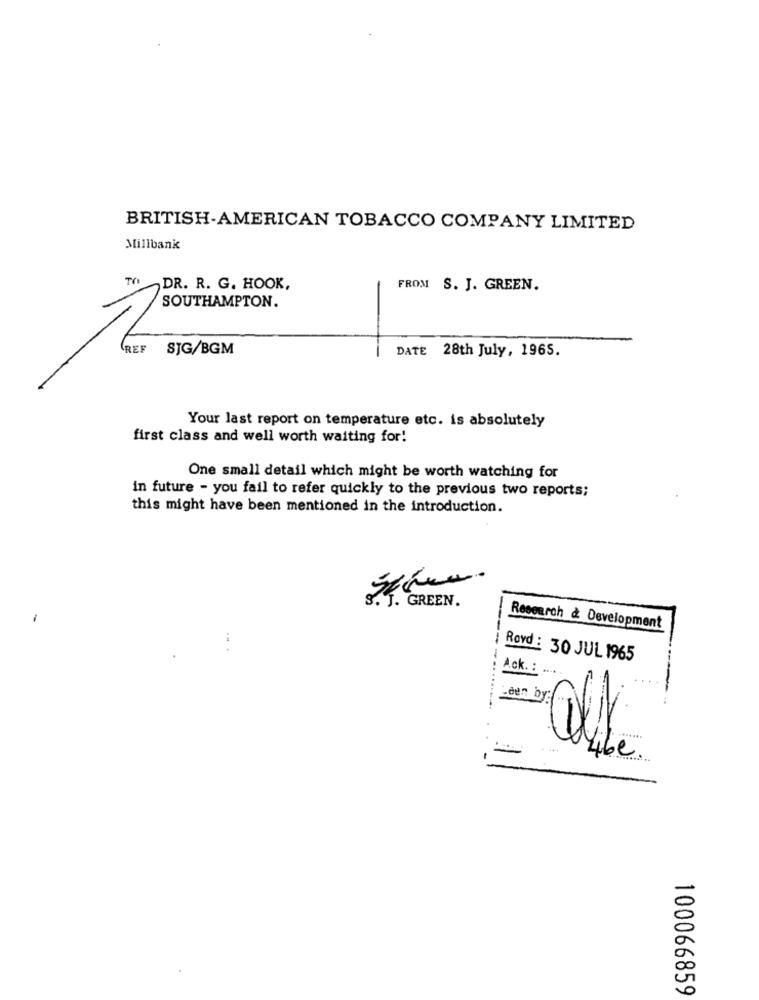
BRITISH-AMERICAN TOBACCO COMPANY LIMITED
Millbank
DR. R. G. HOOK,
FROM S. J. GREEN.
SOUTHAMPTON.
REF
SJG/BGM
DATE 28th July, 1965.
Your last report on temperature etc. is absolutely
first class and well worth waiting for!
One small detail which might be worth watching for
in future - you fail to refer quickly to the previous two reports;
this might have been mentioned in the introduction.
Research & Development
Rovd : 30 JUL 1965
Ack .:
.den by:
100066859